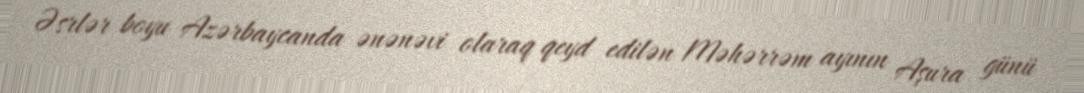
Əsrlər boyu Azərbaycanda ənənəvi olaraq qeyd edilən Məhərrəm ayının Aşura günü